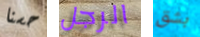
حسنا الرجل بشق